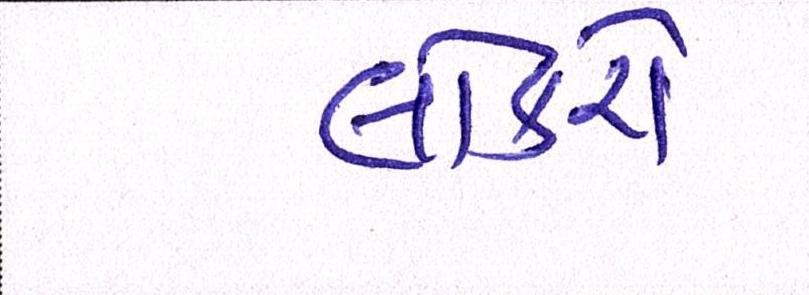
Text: લોકરો